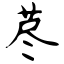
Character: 荩